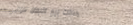
محلات بيع الأجهزة المنزلي